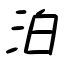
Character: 泊